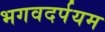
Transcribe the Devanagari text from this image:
भगवदर्पयम